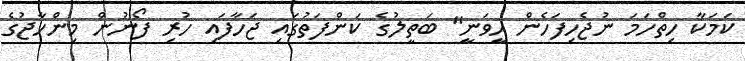
ކަމަކާ ހިތްހަމަ ނުޖެހިފަހެން ހީވަނީ" ބަތީލުގެ ކަންފަތުގައި ޖަހާފައި ހުރި ފޯނުން މިންހާޖުގެ